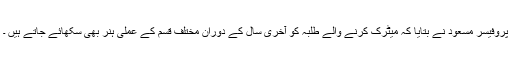
پروفیسر مسعود نے بتایا کہ میٹرک کرنے والے طلبہ کو آخری سال کے دوران مختلف قسم کے عملی ہنر بھی سکھائے جاتے ہیں ۔